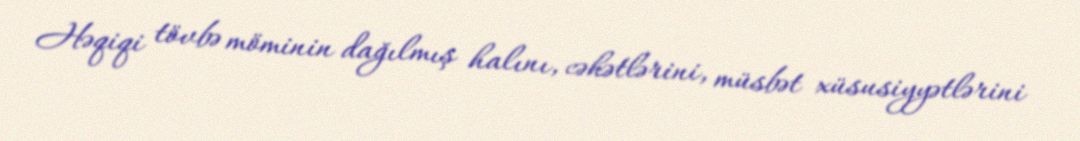
Həqiqi tövbə möminin dağılmış halını, cəhətlərini, müsbət xüsusiyyətlərini